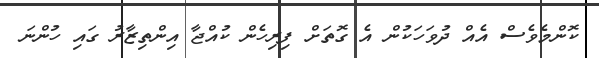
ކޮންމެވެސް އެއް ދުވަހަކުން އެ ގޮތަށް ފިރިހެން ކުއްޖާ އިންތިޒާރު ގައި ހުންނަ